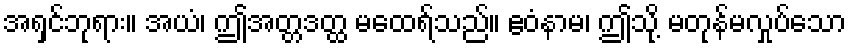
အရှင်ဘုရား။ အယံ၊ ဤအတ္တဒတ္ထ မထေရ်သည်။ ဧဝံနာမ၊ ဤသို့ မတုန်မလှုပ်သော